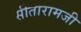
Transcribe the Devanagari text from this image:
सीतारामजी